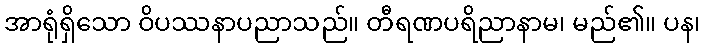
အာရုံရှိသော ဝိပဿနာပညာသည်။ တီရဏပရိညာနာမ၊ မည်၏။ ပန၊